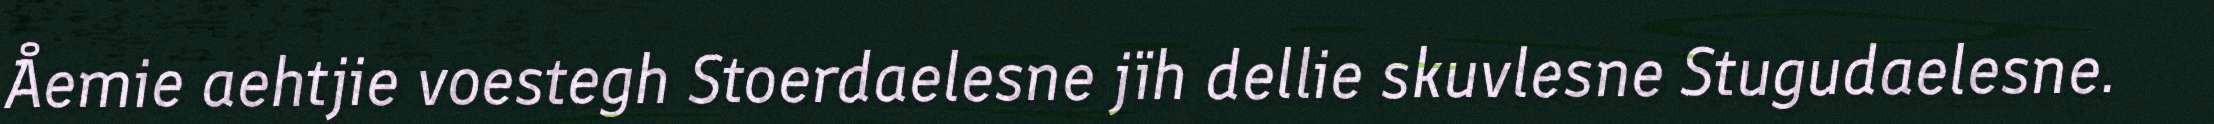
Åemie aehtjie voestegh Stoerdaelesne jïh dellie skuvlesne Stugudaelesne.